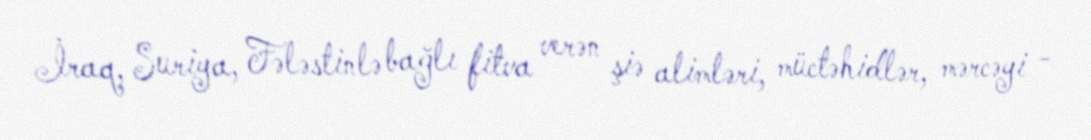
İraq, Suriya, Fələstinlə bağlı fitva verən şiə alimləri, müctəhidlər, mərcəyi -